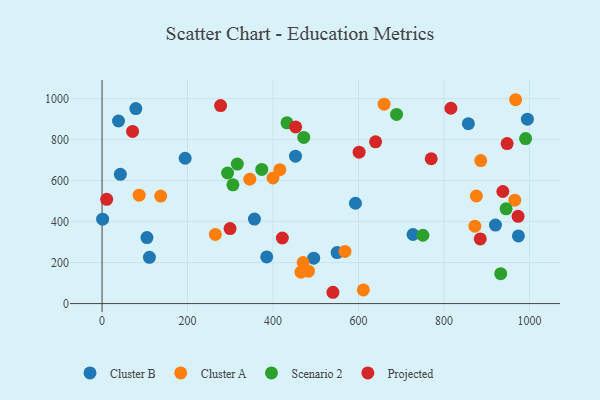
{"axis": {"x": "Ad Spend", "y": "Demand"}, "legend": ["Cluster A", "Cluster B", "Projected", "Scenario 2"], "data": [{"x": "995.2", "y": 899.9, "type": "Cluster B"}, {"x": "592.9", "y": 489.7, "type": "Cluster B"}, {"x": "549.9", "y": 248.9, "type": "Cluster B"}, {"x": "110.8", "y": 225.6, "type": "Cluster B"}, {"x": "356.5", "y": 412.6, "type": "Cluster B"}, {"x": "857.1", "y": 877.9, "type": "Cluster B"}, {"x": "385.2", "y": 227.5, "type": "Cluster B"}, {"x": "495.2", "y": 221.4, "type": "Cluster B"}, {"x": "194.4", "y": 709.3, "type": "Cluster B"}, {"x": "38.5", "y": 891.0, "type": "Cluster B"}, {"x": "42.8", "y": 630.8, "type": "Cluster B"}, {"x": "105.0", "y": 322.2, "type": "Cluster B"}, {"x": "452.6", "y": 719.5, "type": "Cluster B"}, {"x": "920.5", "y": 383.0, "type": "Cluster B"}, {"x": "974.2", "y": 330.4, "type": "Cluster B"}, {"x": "727.6", "y": 337.2, "type": "Cluster B"}, {"x": "79.0", "y": 951.7, "type": "Cluster B"}, {"x": "1.3", "y": 411.8, "type": "Cluster B"}, {"x": "465.3", "y": 153.2, "type": "Cluster A"}, {"x": "965.7", "y": 504.5, "type": "Cluster A"}, {"x": "416.1", "y": 653.7, "type": "Cluster A"}, {"x": "483.0", "y": 158.3, "type": "Cluster A"}, {"x": "967.7", "y": 994.8, "type": "Cluster A"}, {"x": "568.4", "y": 254.7, "type": "Cluster A"}, {"x": "86.8", "y": 529.2, "type": "Cluster A"}, {"x": "470.4", "y": 200.1, "type": "Cluster A"}, {"x": "611.4", "y": 66.9, "type": "Cluster A"}, {"x": "872.3", "y": 377.7, "type": "Cluster A"}, {"x": "137.2", "y": 524.7, "type": "Cluster A"}, {"x": "875.8", "y": 525.0, "type": "Cluster A"}, {"x": "886.1", "y": 698.1, "type": "Cluster A"}, {"x": "345.7", "y": 607.1, "type": "Cluster A"}, {"x": "399.9", "y": 612.8, "type": "Cluster A"}, {"x": "265.1", "y": 337.3, "type": "Cluster A"}, {"x": "660.0", "y": 972.9, "type": "Cluster A"}, {"x": "945.4", "y": 462.5, "type": "Scenario 2"}, {"x": "471.9", "y": 810.8, "type": "Scenario 2"}, {"x": "432.7", "y": 882.2, "type": "Scenario 2"}, {"x": "373.7", "y": 654.7, "type": "Scenario 2"}, {"x": "932.8", "y": 146.2, "type": "Scenario 2"}, {"x": "316.5", "y": 680.9, "type": "Scenario 2"}, {"x": "293.7", "y": 637.2, "type": "Scenario 2"}, {"x": "991.0", "y": 805.2, "type": "Scenario 2"}, {"x": "750.7", "y": 333.4, "type": "Scenario 2"}, {"x": "689.1", "y": 922.9, "type": "Scenario 2"}, {"x": "306.2", "y": 579.5, "type": "Scenario 2"}, {"x": "640.0", "y": 789.5, "type": "Projected"}, {"x": "884.9", "y": 315.3, "type": "Projected"}, {"x": "937.8", "y": 547.0, "type": "Projected"}, {"x": "299.5", "y": 366.0, "type": "Projected"}, {"x": "540.2", "y": 55.2, "type": "Projected"}, {"x": "10.8", "y": 509.0, "type": "Projected"}, {"x": "453.0", "y": 862.0, "type": "Projected"}, {"x": "421.8", "y": 320.0, "type": "Projected"}, {"x": "71.4", "y": 840.2, "type": "Projected"}, {"x": "277.3", "y": 966.1, "type": "Projected"}, {"x": "973.5", "y": 425.7, "type": "Projected"}, {"x": "601.5", "y": 739.0, "type": "Projected"}, {"x": "816.2", "y": 953.2, "type": "Projected"}, {"x": "770.2", "y": 706.7, "type": "Projected"}, {"x": "947.8", "y": 781.0, "type": "Projected"}]}